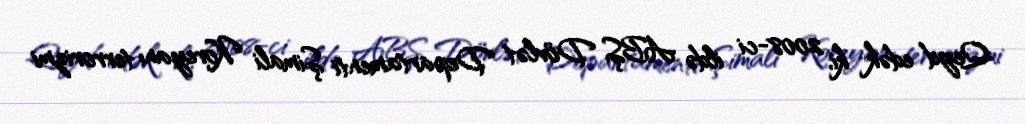
Qeyd edək ki, 2008-ci ildə ABŞ Dövlət Departamenti Şimali Koreyanı terrorizmi